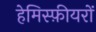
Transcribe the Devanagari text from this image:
हेमिस्फ़ीयरों